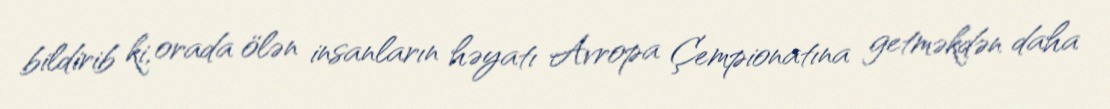
bildirib ki, orada ölən insanların həyatı Avropa Çempionatına getməkdən daha